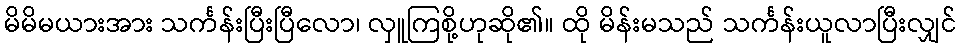
မိမိမယားအား သင်္ကန်းပြီးပြီလော၊ လှူကြစို့ဟုဆို၏။ ထို မိန်းမသည် သင်္ကန်းယူလာပြီးလျှင်